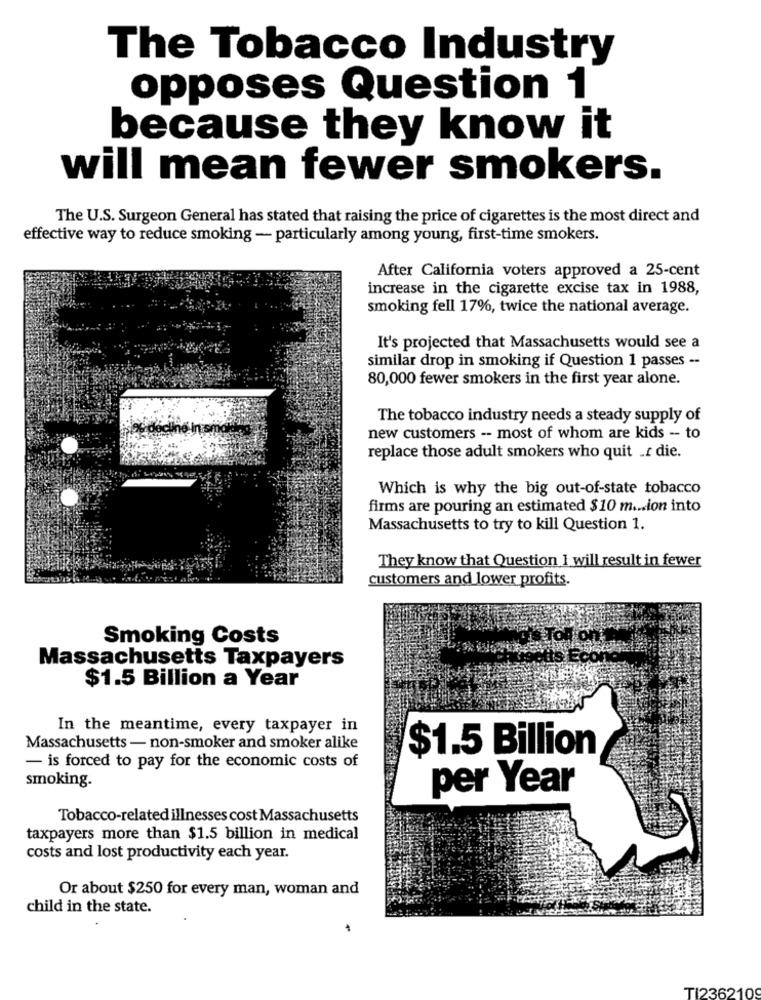
The Tobacco Industry
opposes Question 1
because they know it
will mean fewer smokers.
The U.S. Surgeon General has stated that raising the price of cigarettes is the most direct and
effective way to reduce smoking - particularly among young, first-time smokers.
After California voters approved a 25-cent
increase in the cigarette excise tax in 1988,
smoking fell 17%, twice the national average.
It's projected that Massachusetts would see a
similar drop in smoking if Question 1 passes --
80,000 fewer smokers in the first year alone.
The tobacco industry needs a steady supply of
new customers -- most of whom are kids -- to
replace those adult smokers who quit .r die.
Which is why the big out-of-state tobacco
firms are pouring an estimated $10 m ... ion into
Massachusetts to try to kill Question 1.
They know that Question I will result in fewer
customers and lower profits.
Smoking Costs
Toll on
Massachusetts Taxpayers
$1.5 Billion a Year
In the meantime, every taxpayer in
Massachusetts - non-smoker and smoker alike
$1.5 Billion
- is forced to pay for the economic costs of
smoking.
per Year
Tobacco-related illnesses cost Massachusetts
taxpayers more than $1.5 billion in medical
costs and lost productivity each year.
Or about $250 for every man, woman and
child in the state.
TI2362109